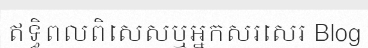
ឥទ្ធិពលពិសេសឬអ្នកសរសេរ Blog